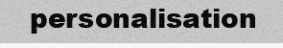
personalisation